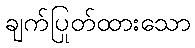
ချက်ပြုတ်ထားသော